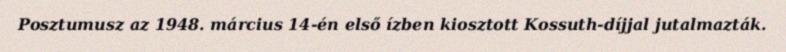
Posztumusz az 1948. március 14-én első ízben kiosztott Kossuth-díjjal jutalmazták.